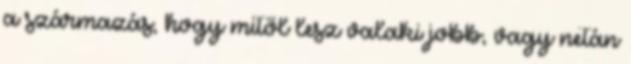
a származás, hogy mitől lesz valaki jobb, vagy netán